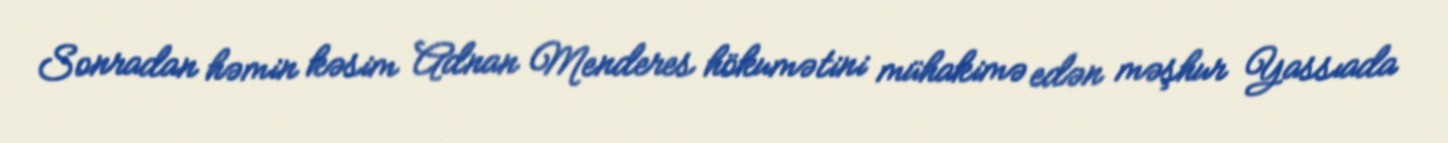
Sonradan həmin kəsim Adnan Menderes hökumətini mühakimə edən məşhur Yassıada